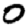
Digit: 0